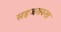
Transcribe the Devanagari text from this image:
सहजसरुख